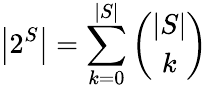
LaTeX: \left|2^{S}\right|=\sum_{k=0}^{|S|}{\binom{|S|}{k}}